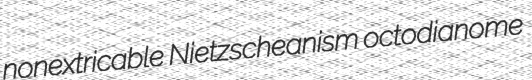
nonextricable Nietzscheanism octodianome